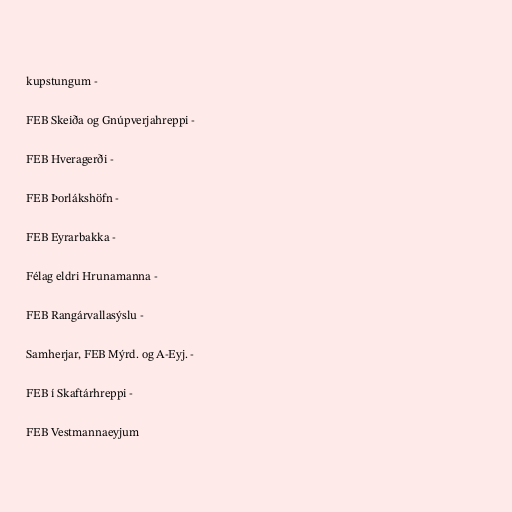
kupstungum -

FEB Skeiða og Gnúpverjahreppi -

FEB Hveragerði -

FEB Þorlákshöfn -

FEB Eyrarbakka -

Félag eldri Hrunamanna -

FEB Rangárvallasýslu -

Samherjar, FEB Mýrd. og A-Eyj. -

FEB í Skaftárhreppi -

FEB Vestmannaeyjum